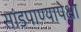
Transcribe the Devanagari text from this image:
सांडपाण्यापेक्षा